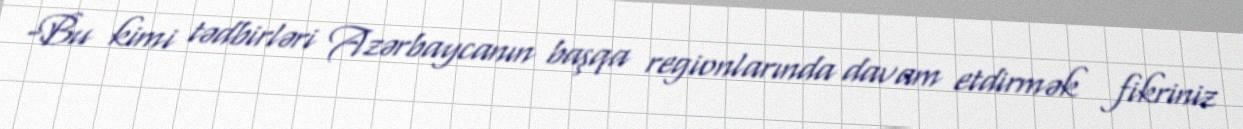
-Bu kimi tədbirləri Azərbaycanın başqa regionlarında davam etdirmək fikriniz